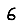
Digit: 6